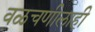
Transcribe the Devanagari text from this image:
वळचणीलाही